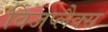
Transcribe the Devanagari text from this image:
विजप्लैक्स